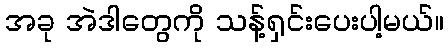
အခု အဲဒါတွေကို သန့်ရှင်းပေးပါ့မယ်။